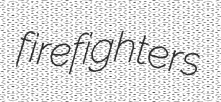
firefighters